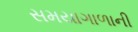
સમયાગાળાની